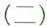
(二)